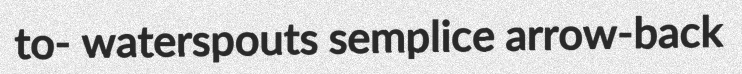
to- waterspouts semplice arrow-back